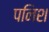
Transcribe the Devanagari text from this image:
पनिश